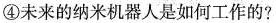
④未来的纳米机器人是如何工作的？